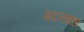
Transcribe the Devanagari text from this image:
मदनशहा